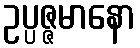
ဥပ္ပဇ္ဇမာနော